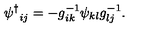
{ \psi ^ { \dagger } } _ { i j } = - g _ { i k } ^ { - 1 } \psi _ { k l } g _ { l j } ^ { - 1 } .